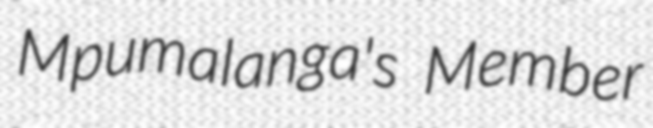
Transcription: Mpumalanga's Member